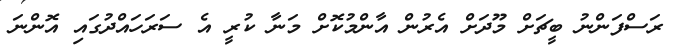
ރަސްފަންނު ބީޗަށް މޫދަށް އެރުން އާންމުކޮށް މަނާ ކުރީ އެ ސަރަހައްދުގައި އޮންނަ